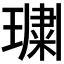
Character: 𭹲